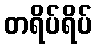
တရိပ်ရိပ်